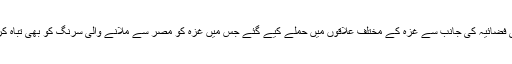
30 مئی2018ء) اسرائیلی فضائیہ کی جانب سے غزہ کے مختلف علاقوں میں حملے کیے گئے جس میں غزہ کو مصر سے ملانے والی سرنگ کو بھی تباہ کرنے کا دعویٰ کیا گیا ہے۔